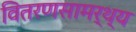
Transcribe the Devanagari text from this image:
वितरणसामर्थ्य